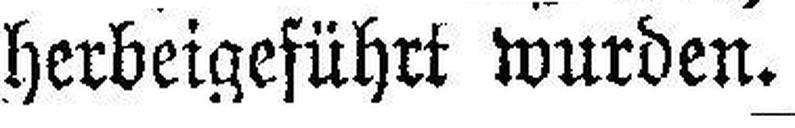
herbeigeführt wurden.